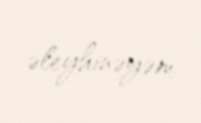
əleyhinəyəm.